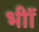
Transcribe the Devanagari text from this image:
भीॉ